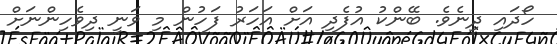
ހޯދައި ދިނެވެ. ބޭންކު އުފެދި އަށް އަހަރު ފަހުން މި ވަނީ ދިވެހިންނަށް